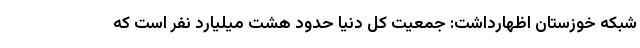
شبکه خوزستان اظهارداشت: جمعیت کل دنیا حدود هشت میلیارد نفر است که